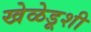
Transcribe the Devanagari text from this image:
खेळेडूशी